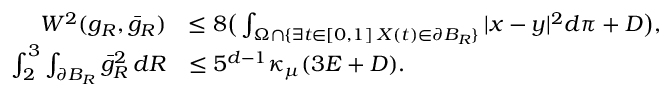
\begin{array} { r l } { W ^ { 2 } ( g _ { R } , \bar { g } _ { R } ) } & { \le 8 \big ( \int _ { \Omega \cap \{ \exists t \in [ 0 , 1 ] \; X ( t ) \in \partial B _ { R } \} } | x - y | ^ { 2 } d \pi + D \big ) , } \\ { \int _ { 2 } ^ { 3 } \int _ { \partial B _ { R } } \bar { g } _ { R } ^ { 2 } \, d R } & { \le 5 ^ { d - 1 } \kappa _ { \mu } ( 3 E + D ) . } \end{array}